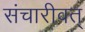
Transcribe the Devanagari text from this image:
संचारीवत्